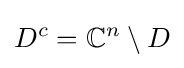
D^{c}=\mathbb {C} ^{n}\setminus D